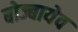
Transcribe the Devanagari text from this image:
बोज्बायेव